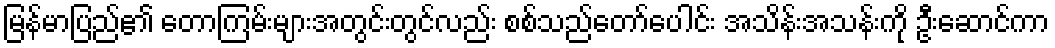
မြန်မာပြည်၏ တောကြမ်းများအတွင်းတွင်လည်း စစ်သည်တော်ပေါင်း အသိန်းအသန်းကို ဦးဆောင်ကာ